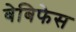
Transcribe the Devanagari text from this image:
बेबिफेस